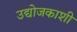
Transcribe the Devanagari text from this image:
उद्योजकाशी